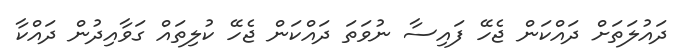
ދައުލަތަށް ދައްކަން ޖެހޭ ފައިސާ ނުވަތަ ދައްކަން ޖެހޭ ކުލިތައް ގަވާއިދުން ދައްކާ